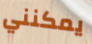
يمكنني